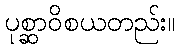
ပုစ္ဆာဝိစယတည်း။